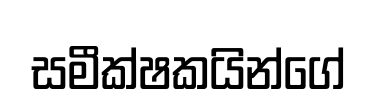
සමීක්ෂකයින්ගේ